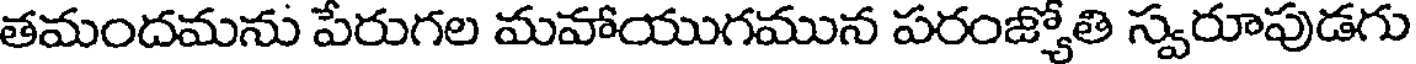
తమందమను పేరుగల మహాయుగమున పరంజ్యోతి స్వరూపుడగు